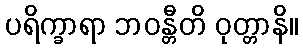
ပရိက္ခာရာ ဘဝန္တီတိ ဝုတ္တာနိ။